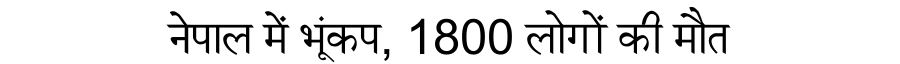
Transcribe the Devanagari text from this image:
नेपाल में भूंकप, 1800 लोगों की मौत